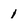
Character: 1